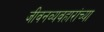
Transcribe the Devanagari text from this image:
जीवनव्यवहारांच्या